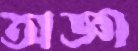
অজ্ঞা